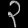
Digit: ၃